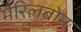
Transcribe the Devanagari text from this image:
मैरिलबोन